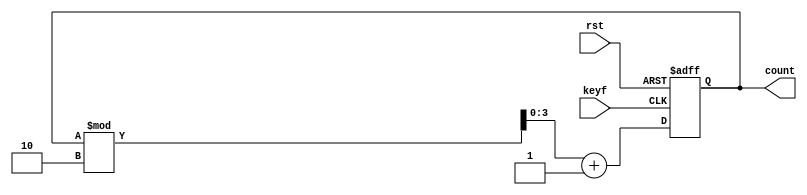
module count_turn(rst,keyf,count);
input keyf;
input rst;
output [3:0] count;
reg [3:0] count;


always@(posedge keyf or posedge rst)begin
	if(rst==1)count=0;
	else count=count%2+1;
end

endmodule